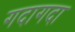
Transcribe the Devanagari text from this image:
गदागदा